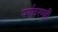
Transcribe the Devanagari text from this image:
पर्यावरणही